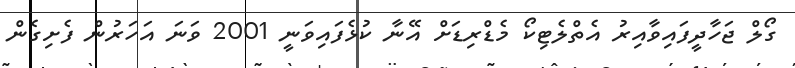
ގޯލް ޖަހާދީފައިވާއިރު އެތްލެޓިކޯ މެޑްރިޑަށް އޭނާ ކުޅެފައިވަނީ 2001 ވަނަ އަހަރުން ފެށިގެން